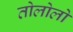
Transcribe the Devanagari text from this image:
तोलोलो